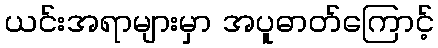
ယင်းအရာများမှာ အပူဓာတ်ကြောင့်